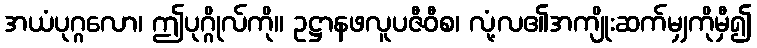
အယံပုဂ္ဂလော၊ ဤပုဂ္ဂိုလ်ကို။ ဥဋ္ဌာနဖလူပဇီဝီစ၊ လုံ့လ၏အကျိုးဆက်မျှကိုမှီ၍